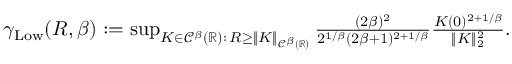
\begin{array} { r } { \gamma _ { \mathrm { L o w } } ( R , \beta ) : = \operatorname* { s u p } _ { K \in { \mathscr C } ^ { \beta } ( { \mathbb R } ) : \, R \geq \| K \| _ { { \mathscr C } ^ { \beta } ( { \mathbb R } ) } } \frac { ( 2 \beta ) ^ { 2 } } { 2 ^ { 1 / \beta } ( 2 \beta + 1 ) ^ { 2 + 1 / \beta } } \frac { K ( 0 ) ^ { 2 + 1 / \beta } } { \| K \| _ { 2 } ^ { 2 } } . } \end{array}